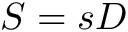
S = s D